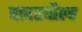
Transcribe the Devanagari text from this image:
पावरबौल्ड